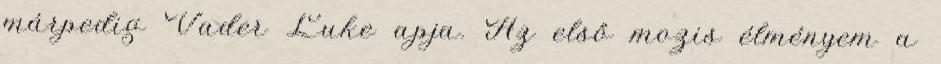
márpedig Vader Luke apja. Az első mozis élményem a